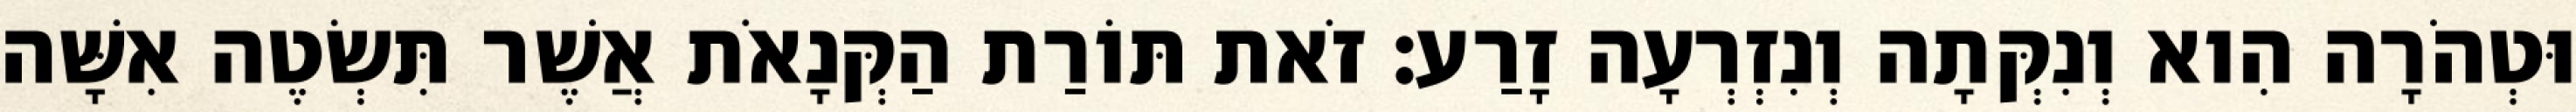
וּטְהֹרָה הִוא וְנִקְּתָה וְנִזְרְעָה זָרַע׃ זֹאת תּוֹרַת הַקְּנָאֹת אֲשֶׁר תִּשְׂטֶה אִשָּׁה